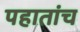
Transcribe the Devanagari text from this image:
पहातांच